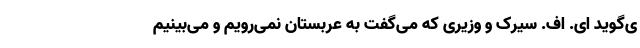
ی‌گوید ای. اف. سیرک و وزیری که می‌گفت به عربستان نمی‌رویم و می‌بینیم